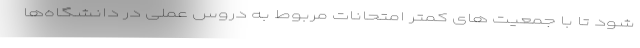
شود تا با جمعیت های کمتر امتحانات مربوط به دروس عملی در دانشگاه‌ها